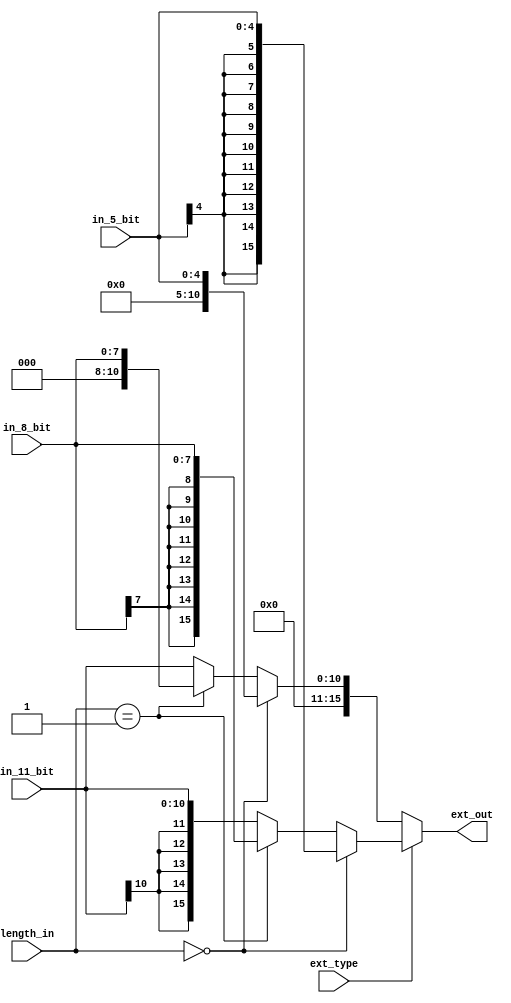
module extender(in_11_bit, in_8_bit, in_5_bit, ext_type, length_in, ext_out);

    input     [10:0] in_11_bit;
    input      [7:0] in_8_bit;
    input      [4:0] in_5_bit;
    input            ext_type; // if ext_type = 1 -> se otherwise ze
    input      [1:0] length_in;

    output    [15:0] ext_out;

    localparam LEN_5 = 2'b00;
    localparam LEN_8 = 2'b01;
    localparam LEN_11 = 2'b10;

    assign ext_out = (ext_type == 1'b1) ? ( // sign extend 
                         (length_in == LEN_5) ? ({{11{in_5_bit[4]}},in_5_bit}) : (
                         (length_in == LEN_8) ? ({{8{in_8_bit[7]}},in_8_bit}) : (
                         ({{5{in_11_bit[10]}},in_11_bit})))) // length_in == LEN_11
                   : ( // zero extend
                         (length_in == LEN_5) ? ({{11{1'b0}},in_5_bit}) : (
                         (length_in == LEN_8) ? ({{8{1'b0}},in_8_bit}) : (
                         ({{5{1'b0}},in_11_bit}))) // length_in == LEN_11
                   );

endmodule